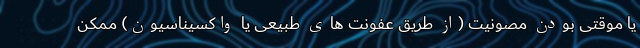
یا موقتی بودن مصونیت (از طریق عفونت های طبیعی یا واکسیناسیون) ممکن